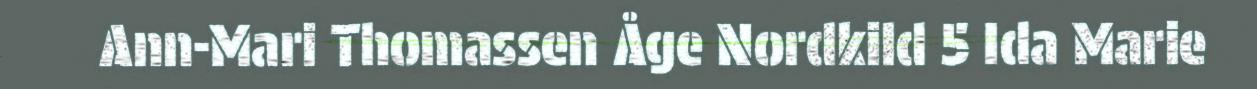
Ann-Mari Thomassen Åge Nordkild 5 Ida Marie